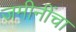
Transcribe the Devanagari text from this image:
जमीनींचा